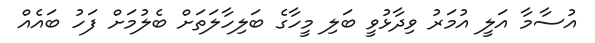
އުސާމާ އަލީ އުމަރު ވިދާޅުވީ ބަލި މީހާގެ ބަލިހާލަތަށް ބެލުމަށް ފަހު ބައެއް